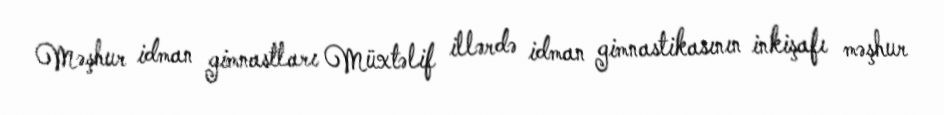
Məşhur idman gimnastları Müxtəlif illərdə idman gimnastikasının inkişafı məşhur